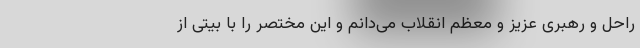
راحل و رهبری عزیز و معظم انقلاب می‌دانم و این مختصر را با بیتی از